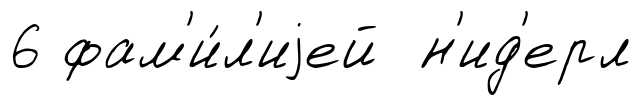
6 фам'и́л'иjей н'ид'ерл